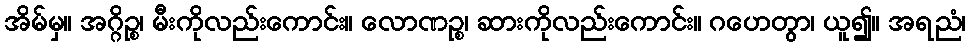
အိမ်မှ။ အဂ္ဂိဉ္စ၊ မီးကိုလည်းကောင်း။ လောဏဉ္စ၊ ဆားကိုလည်းကောင်း။ ဂဟေတွာ၊ ယူ၍။ အရညံ၊